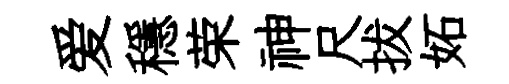
爱穩荣神尺拔妬